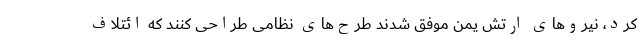
کرد، نیروهای ارتش یمن موفق شدند طرح‌های نظامی طراحی کنند که ائتلاف